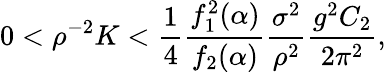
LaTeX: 0<\rho^{-2}K<{\frac{1}{4}}{\frac{f_{1}^{2}(\alpha)}{f_{2}(\alpha)}}{\frac{\sigma^{2}}{\rho^{2}}}{\frac{g^{2}C_{2}}{2\pi^{2}}},